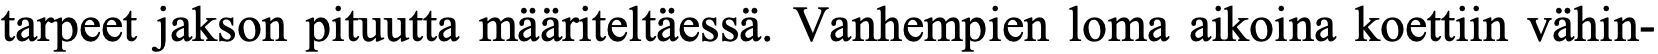
tarpeet jakson pituutta määriteltäessä. Vanhempien loma aikoina koettiin vähin-